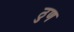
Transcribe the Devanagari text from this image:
ठुण